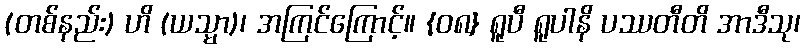
(တစ်နည်း) ဟိ (ယသ္မာ)၊ အကြင်ကြောင့်။ {၀၈} ရူပီ ရူပါနိ ပဿတီတိ အာဒီသု၊